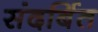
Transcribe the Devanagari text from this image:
संदर्बित